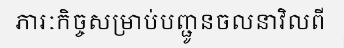
ភារៈកិច្ចសម្រាប់បញ្ជូនចលនាវិលពី